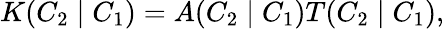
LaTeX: K(C_{2}\mid C_{1})=A(C_{2}\mid C_{1})T(C_{2}\mid C_{1}),